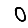
Digit: 0